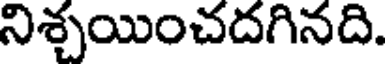
నిశ్చయించదగినది.